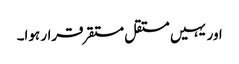
اور یہیں مستقل مستقر قرار ہوا۔